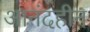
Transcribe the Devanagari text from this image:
आनंदहीन